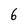
Character: 6